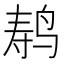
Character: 𬸍